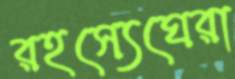
রহস্যেঘেরা